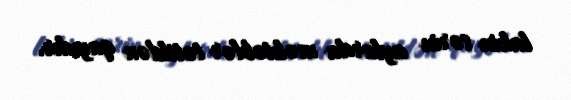
lakin sərin aylarda məktəblər tətildən qayıdır.